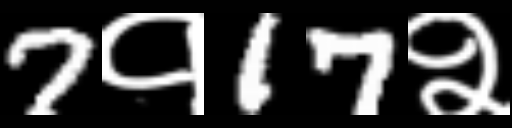
Text: 7१17२